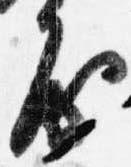
房